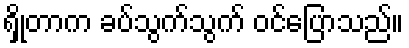
ရှိုတာက ခပ်သွက်သွက် ဝင်ပြောသည်။